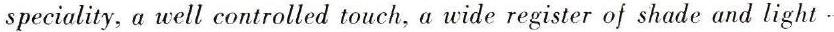
speciality, a well controlled touch, a wide register of shade and light -